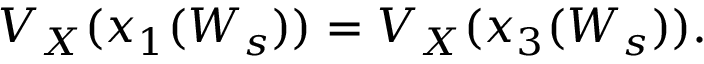
V _ { X } ( x _ { 1 } ( W _ { s } ) ) = V _ { X } ( x _ { 3 } ( W _ { s } ) ) .